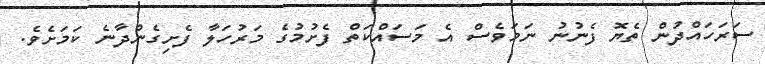
ސަރަހައްދުން ތެޔޮ ފެނުނު ނަމަވެސް އެ މަސައްކަތް ފެށުމުގެ މަރުހަލާ ފެށިގެންދާނެ ކަމަށެވެ.